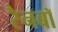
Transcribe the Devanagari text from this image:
रैनबॉ